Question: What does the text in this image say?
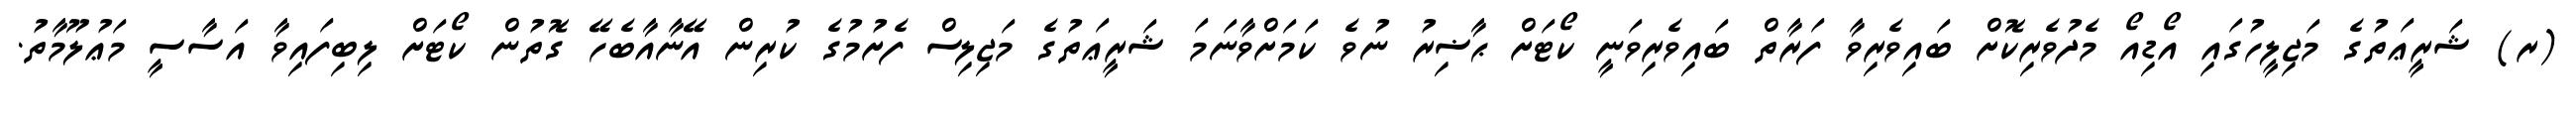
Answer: (ރ) ޝަރީޢަތުގެ މަޖިލީހުގައި އޯޑިއޯ މެދުވެރިކޮށް ބައިވެރިވާ ފަރާތް ބައިވެރިވަނީ ކޯޓަށް ޙާޟިރު ނުވެ ކަމަށްވާނަމަ ޝަރީޢަތުގެ މަޖިލިސް ފެށުމުގެ ކުރިން އޭނާއާބެހޭ ގޮތުން ކޯޓަށް ލިބިފައިވާ އަސާސީ މަޢުލޫމާތު.